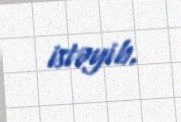
istəyib.